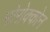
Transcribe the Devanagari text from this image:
मोरोक्कोन